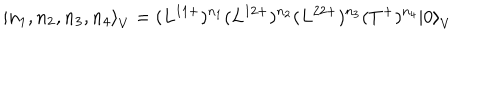
{ \left| n _ { 1 } , n _ { 2 } , n _ { 3 } , n _ { 4 } \right\rangle } _ { V } = ( L ^ { 1 1 + } ) ^ { n _ { 1 } } ( L ^ { 1 2 + } ) ^ { n _ { 2 } } ( L ^ { 2 2 + } ) ^ { n _ { 3 } } ( T ^ { + } ) ^ { n _ { 4 } } { | 0 \rangle } _ { V }